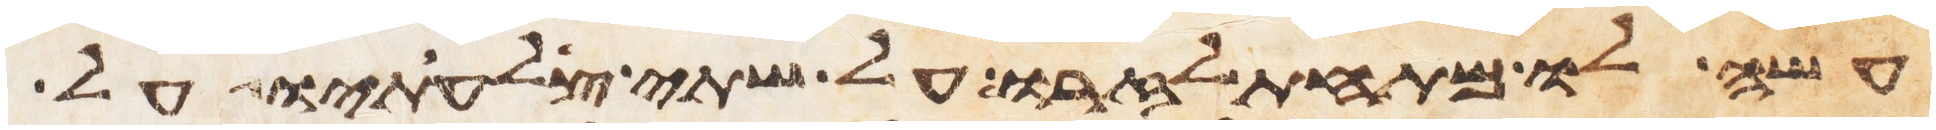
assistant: עשה לו מתחת לזרו על שתי צלעתיו על